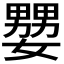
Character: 𡣠